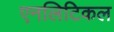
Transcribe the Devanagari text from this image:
एनलिटिकल